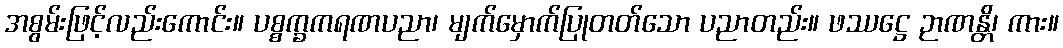
အစွမ်းဖြင့်လည်းကောင်း။ ပစ္စက္ခကရဏပညာ၊ မျက်မှောက်ပြုတတ်သော ပညာတည်း။ ဖဿဋ္ဌေ ဉာဏန္တိ၊ ကား။